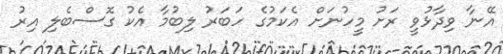
އޭނާ ވިދާޅުވީ ރަށު މީހުނަށް އެކަމުގެ ހަބަރު ލިބުމާ އެކު ގޮސްބެލި އިރު